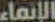
الإنماء